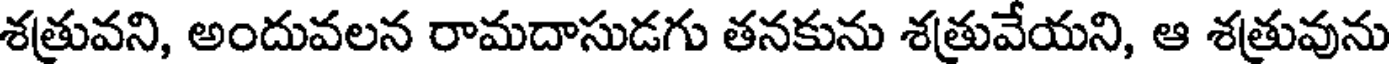
శత్రువని, అందువలన రామదాసుడగు తనకును శత్రువేయని, ఆ శత్రువును